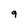
Character: 9